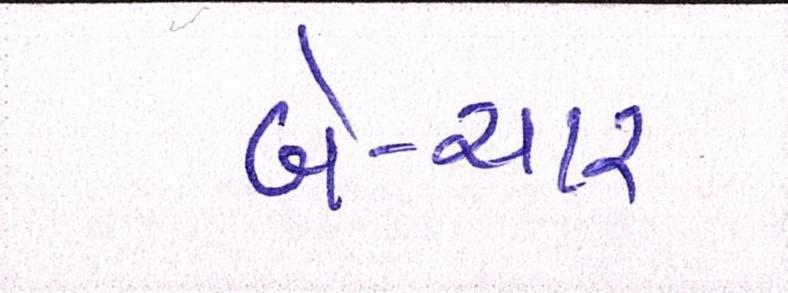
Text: બે-ચાર